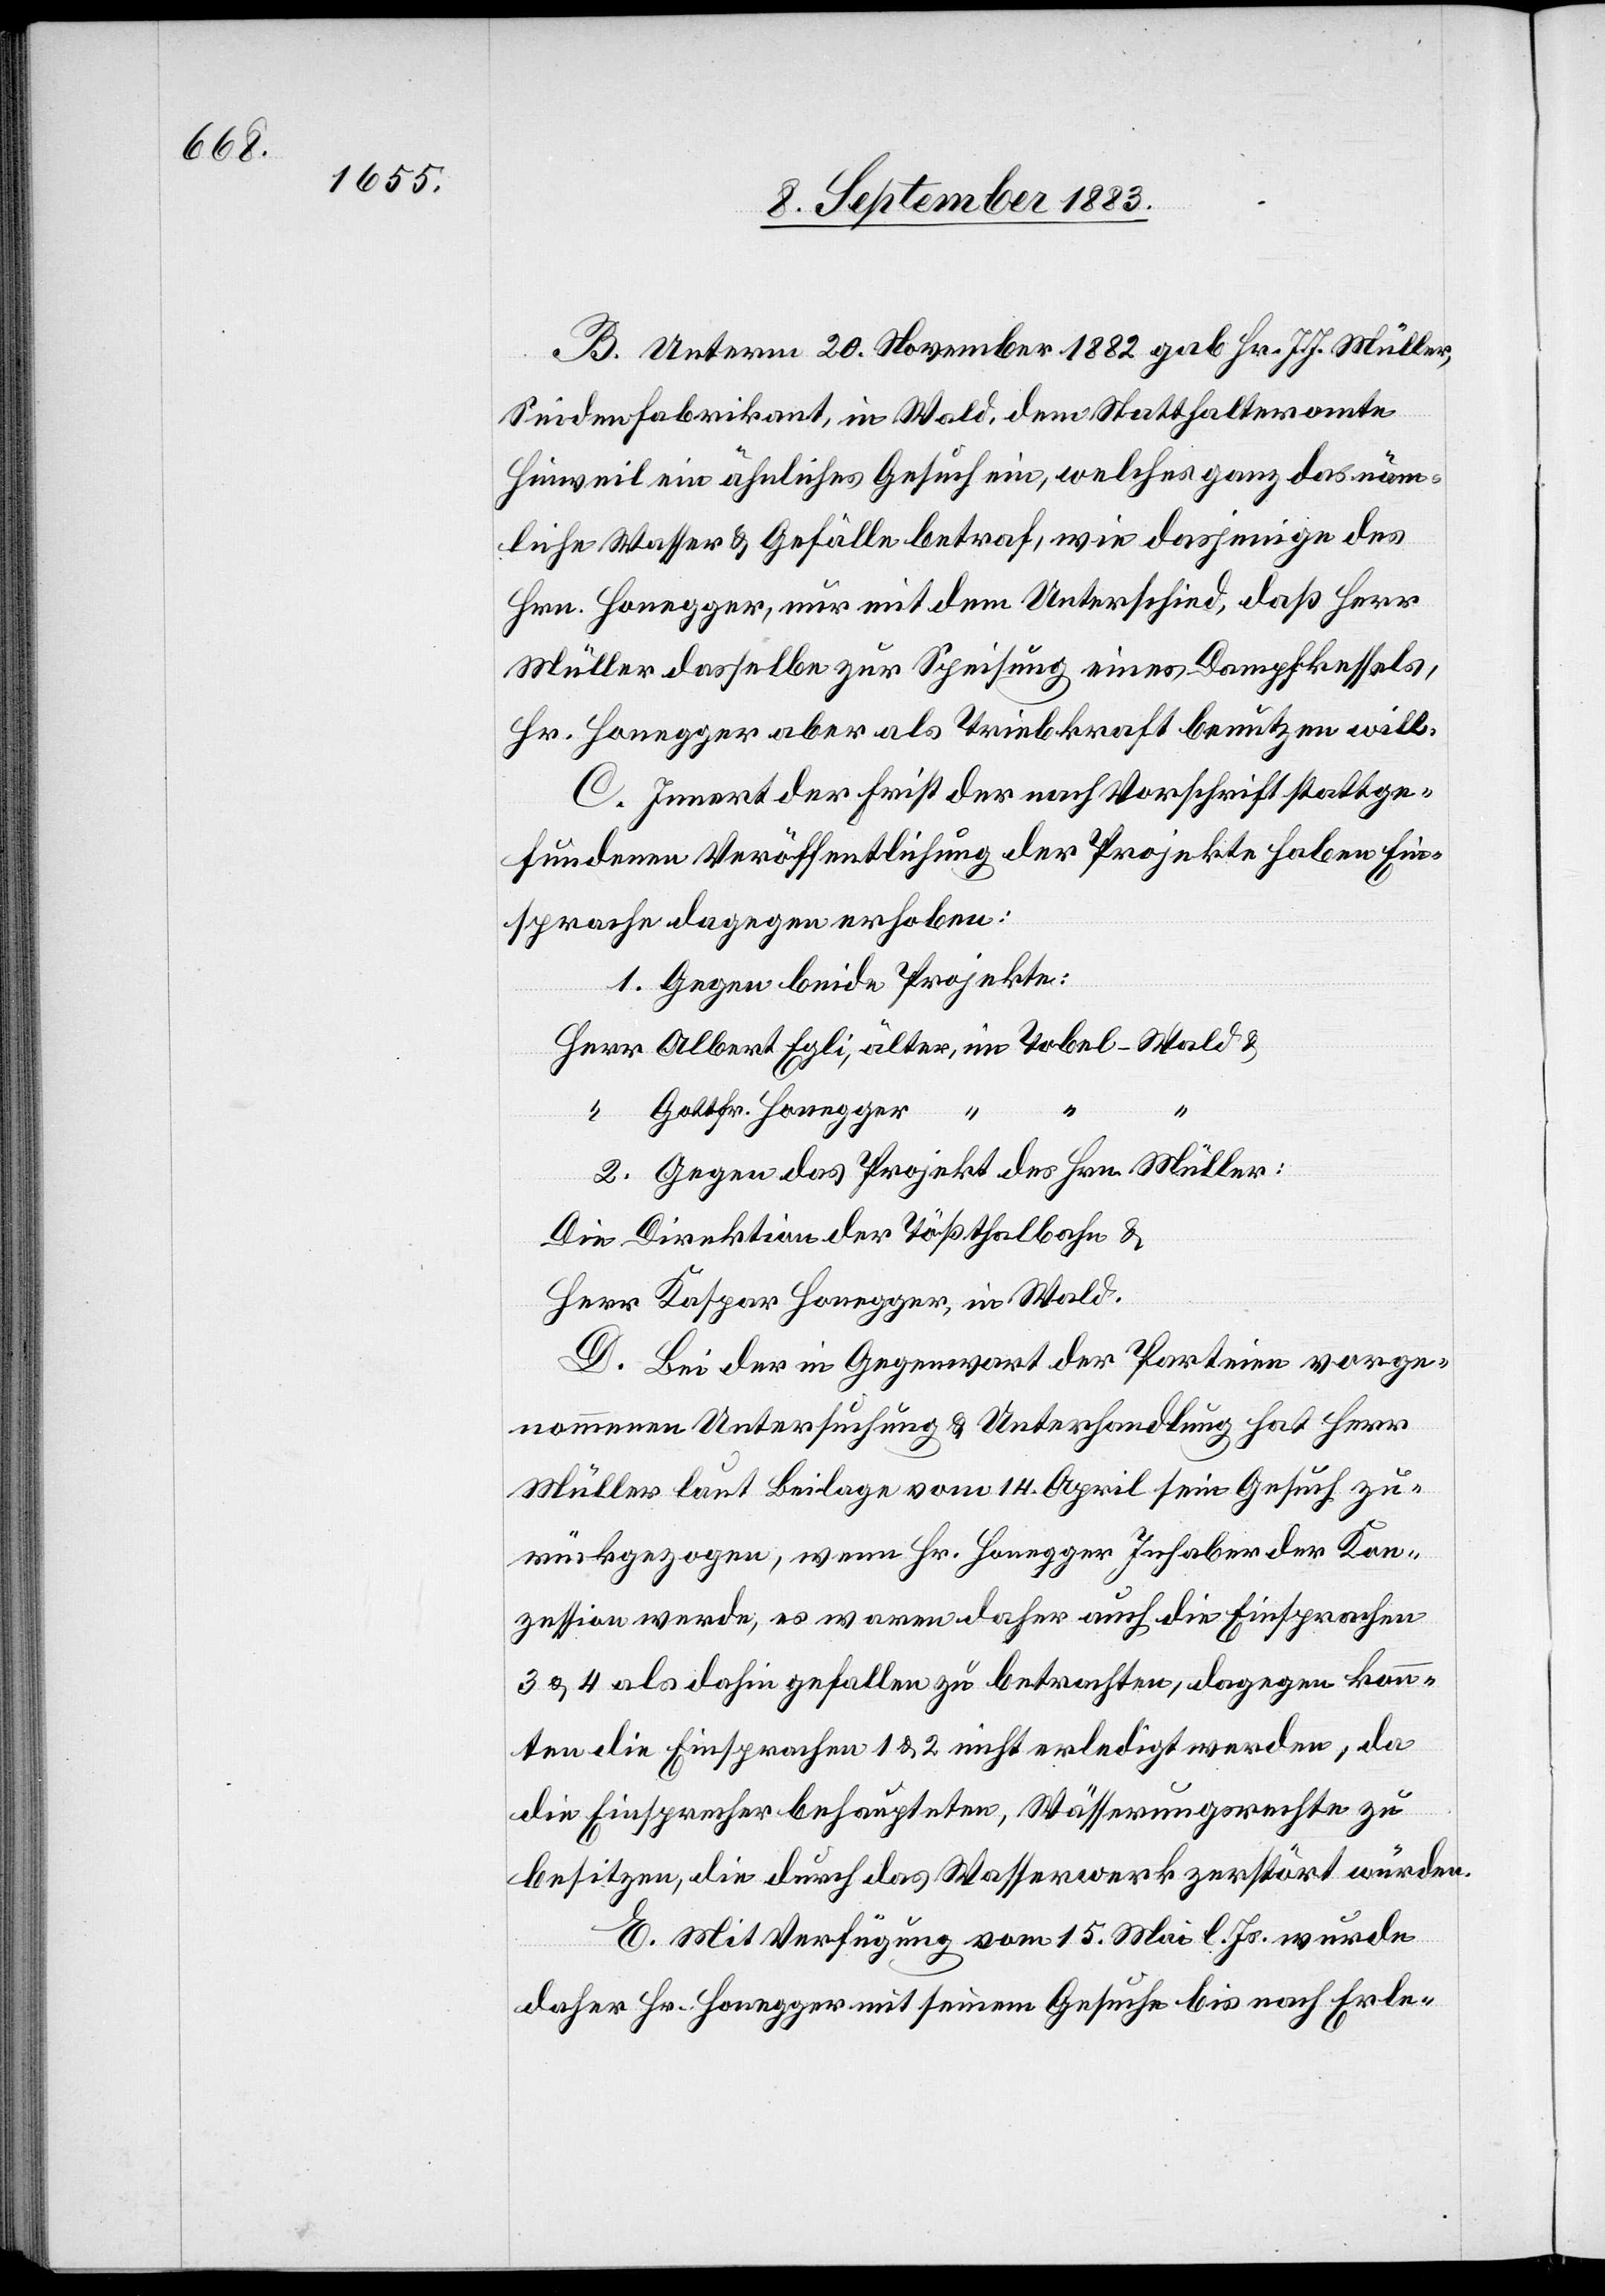
B. Unterm 20. November 1882 gab Hr. J. J. Müller,
Seidenfabrikant, in Wald, dem Statthalteramte
Hinweil ein ähnliches Gesuch ein, welches ganz das näm¬
liche Wasser & Gefälle betraf, wie dasjenige des
Hrn. Honegger, nur mit dem Unterschied, daß Herr
Müller dasselbe zur Speisung eines Dampfkessels,
Hr. Honegger aber als Triebkraft benutzen will.
C. Innert der Frist der nach Vorschrift stattge¬
fundenen Veröffentlichung der Projekte haben Ein¬
sprache dagegen erhoben:
1. Gegen beide Projekte:
Gottfr. Honegger
2. Gegen das Projekt des Hrn. Müller:
Die Direktion der Tößthalbahn &
Herr Kaspar Honegger, in Wald.
D. Bei der in Gegenwart der Parteien vorge¬
nommenen Untersuchung & Unterhandlung hat Herr
Müller laut Beilage vom 14. April sein Gesuch zu¬
rückgezogen, wenn Hr. Honegger Inhaber der Kon¬
zession werde, es waren daher auch die Einsprachen
3 & 4 als dahin gefallen zu betrachten, dagegen konn¬
ten die Einsprachen 1 & 2 nicht erledigt werden, da
die Einsprecher behaupteten, Wässerungsrechte zu
besitzen, die durch das Wasserwerk zerstört würden.
E. Mit Verfügung vom 15. Mai l. Js. wurde
daher Hr. Honegger mit seinem Gesuche bis nach Erle-